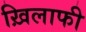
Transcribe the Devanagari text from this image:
ख़िलाफी